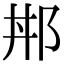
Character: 𨚢